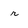
Character: r